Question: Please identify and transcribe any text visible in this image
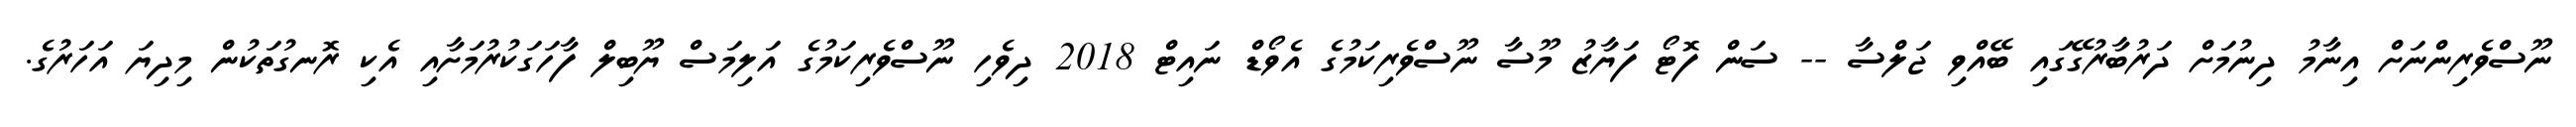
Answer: ނޫސްވެރިންނަށް އިނާމު ދިނުމަށް ދަރުބާރުގޭގައި ބޭއްވި ޖަލްސާ -- ސަން ފޮޓޯ ފަޔާޒު މޫސާ ނޫސްވެރިކަމުގެ އެވޯޑް ނައިޓް 2018 ދިވެހި ނޫސްވެރިކަމުގެ އަލިމަސް ޔޫބިލް ފާހަގަކުރުމަށާއި އެކި ރޮނގުތަކުން މިދިޔަ އަހަރުގެ.